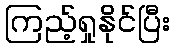
ကြည့်ရှုနိုင်ပြီး